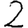
Digit: 2